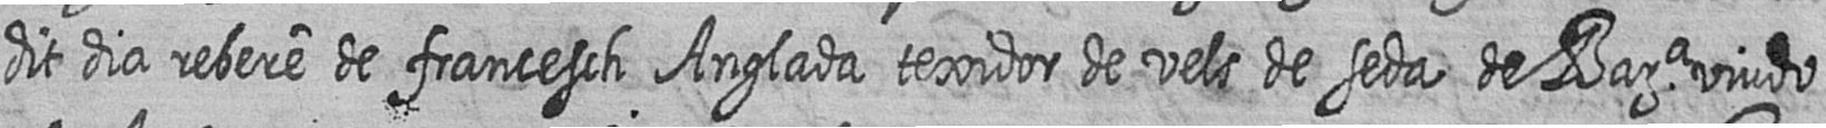
dit dia rebere de francesch Anglada texidor de vels de seda de Bara viudo